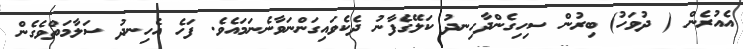
އެއުރެން ( ދުވަހު) ބިރުން ސިހިގެންދާހިނދު ކަލޭގެފާނު ދެކެވައިގަންނަވާނެނަމައެވެ. ފަހެ އެހިނދު ސަލާމަތްވެގެން